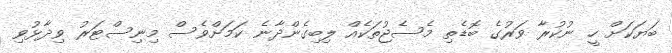
ބަޔަކަށް ހީ ނުކުރާ ވަރުގެ ބޮޑެތި މެސެޖުތަކެއް ލިބިގެންދާނެ ކަމަށްވެސް މިނިސްޓަރު ވިދާޅުވި